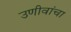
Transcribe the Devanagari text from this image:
उणीवांचा